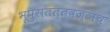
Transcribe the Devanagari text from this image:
भूपुरातत्त्वज्ञच